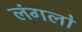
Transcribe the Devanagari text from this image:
लंगलो